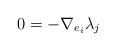
LaTeX: \begin{align*}0=-\nabla_{e_i}\lambda_j \end{align*}